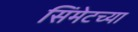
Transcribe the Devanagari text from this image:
सिंमेटच्या